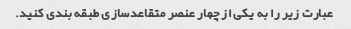
عبارت زیر را به یکی از چهار عنصر متقاعدسازی طبقه بندی کنید.